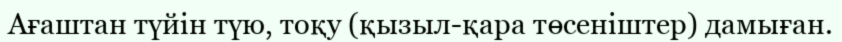
Ағаштан түйін түю, тоқу (қызыл-қара төсеніштер) дамыған.